Civil Veterinary Department. Madras. Admin. report 1926-33 - 1926-1933
Year: 1926
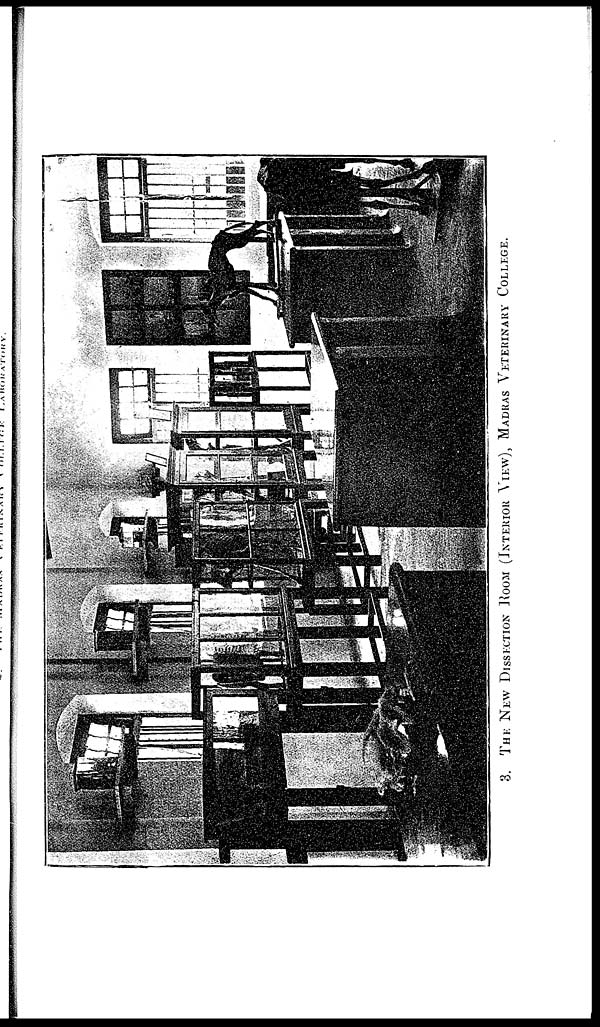
3.
THE NEW DISSECTION ROOM (INTERIOR VIEW), MADRAS VETERINARY COLLEGE.